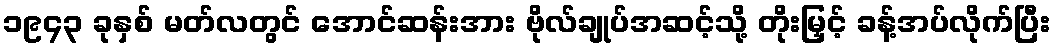
၁၉၄၃ ခုနှစ် မတ်လတွင် အောင်ဆန်းအား ဗိုလ်ချုပ်အဆင့်သို့ တိုးမြှင့် ခန့်အပ်လိုက်ပြီး